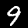
Digit: 9